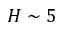
H \sim 5